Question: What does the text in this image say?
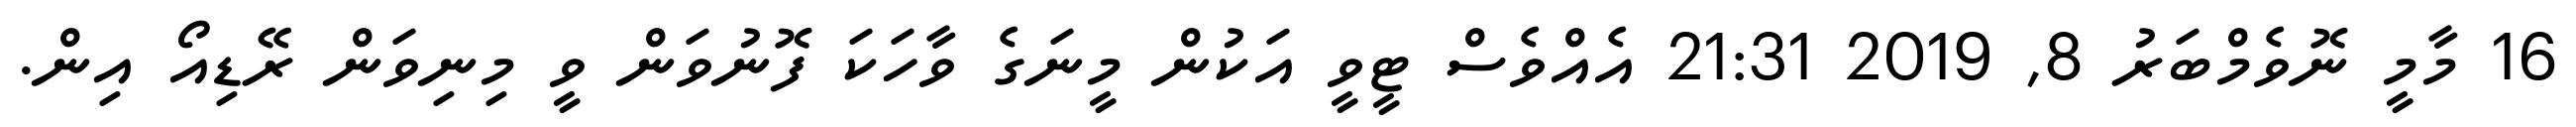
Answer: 16 މާމީ ނޮވެމްބަރު 8, 2019 21:31 އެއްވެސް ޓީވީ އަކުން މީނަގެ ވާހަކަ ފޮނުވަން ވީ މިނިވަން ރޭޑިއޯ އިން.